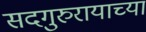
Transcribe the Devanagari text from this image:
सदगुरुरायाच्या